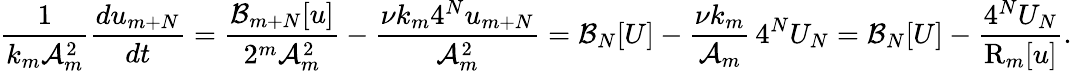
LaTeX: \frac{1}{k_{m}\mathcal{A}_{m}^{2}}\frac{du_{m+N}}{dt}=\frac{\mathcal{B}_{m+N}[u]}{2^{m}\mathcal{A}_{m}^{2}}-\frac{\nu k_{m}4^{N}u_{m+N}}{\mathcal{A}_{m}^{2}}=\mathcal{B}_{N}[U]-\frac{\nu k_{m}}{\mathcal{A}_{m}}\, 4^{N}U_{N}=\mathcal{B}_{N}[U]-\frac{4^{N}U_{N}}{\mathrm{R}_{m}[u]}.